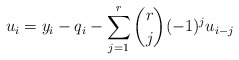
\begin{align*}u_i = y_i - q_i - \sum^{r}_{j=1} {r \choose j} (-1)^j u_{i-j}\end{align*}